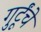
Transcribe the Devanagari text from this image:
गुर्टूंचे